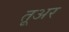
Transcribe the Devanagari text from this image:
तूअर